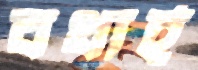
বধার্হ